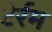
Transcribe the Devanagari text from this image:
टेर्रम